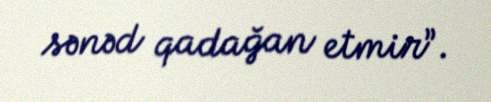
sənəd qadağan etmir”.